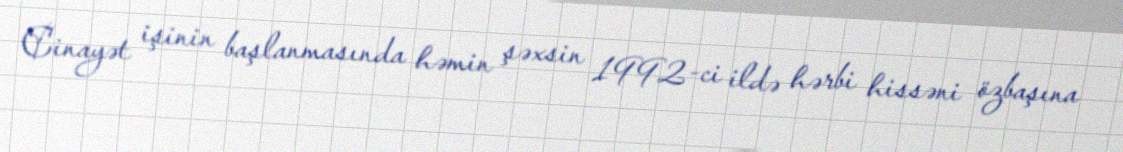
Cinayət işinin başlanmasında həmin şəxsin 1992-ci ildə hərbi hissəni özbaşına